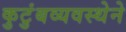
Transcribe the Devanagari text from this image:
कुटुंबव्यवस्थेने